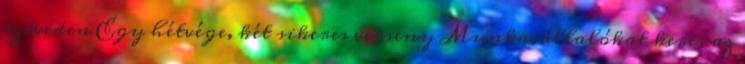
szíveden Egy hétvége, két sikeres verseny Munkavállalókat keres az